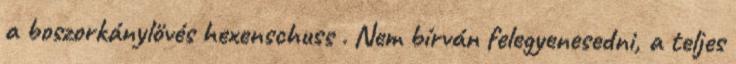
a boszorkánylövés hexenschuss . Nem bírván felegyenesedni, a teljes